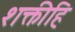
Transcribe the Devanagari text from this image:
शक्तीहि